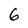
Character: 6